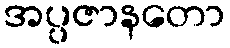
အပ္ပဇာနတော